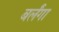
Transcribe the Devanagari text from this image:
बर्लंगा